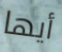
أيها